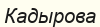
Кадырова